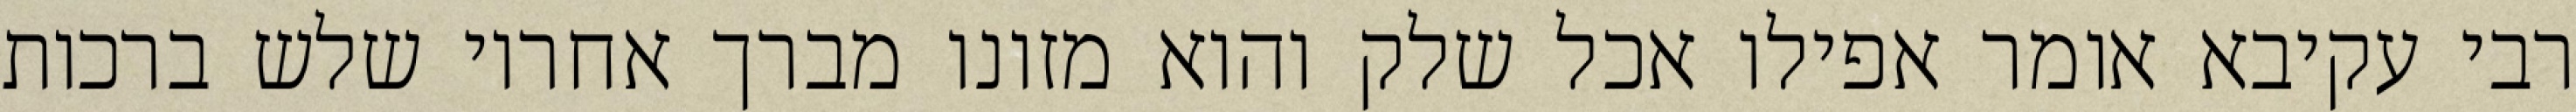
רבי עקיבא אומר אפילו אכל שלק והוא מזונו מברך אחריו שלש ברכות